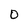
Character: O